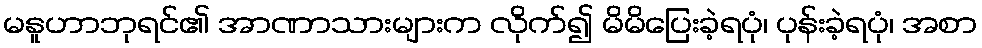
မနူဟာဘုရင်၏ အာဏာသားများက လိုက်၍ မိမိပြေးခဲ့ရပုံ၊ ပုန်းခဲ့ရပုံ၊ အစာ